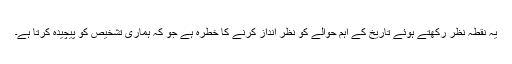
یہ نقطہ نظر رکھتے ہوئے تاریخ کے اہم حوالے کو نظر انداز کرنے کا خطرہ ہے جو کہ ہماری تشخیص کو پیچیدہ کرتا ہے۔